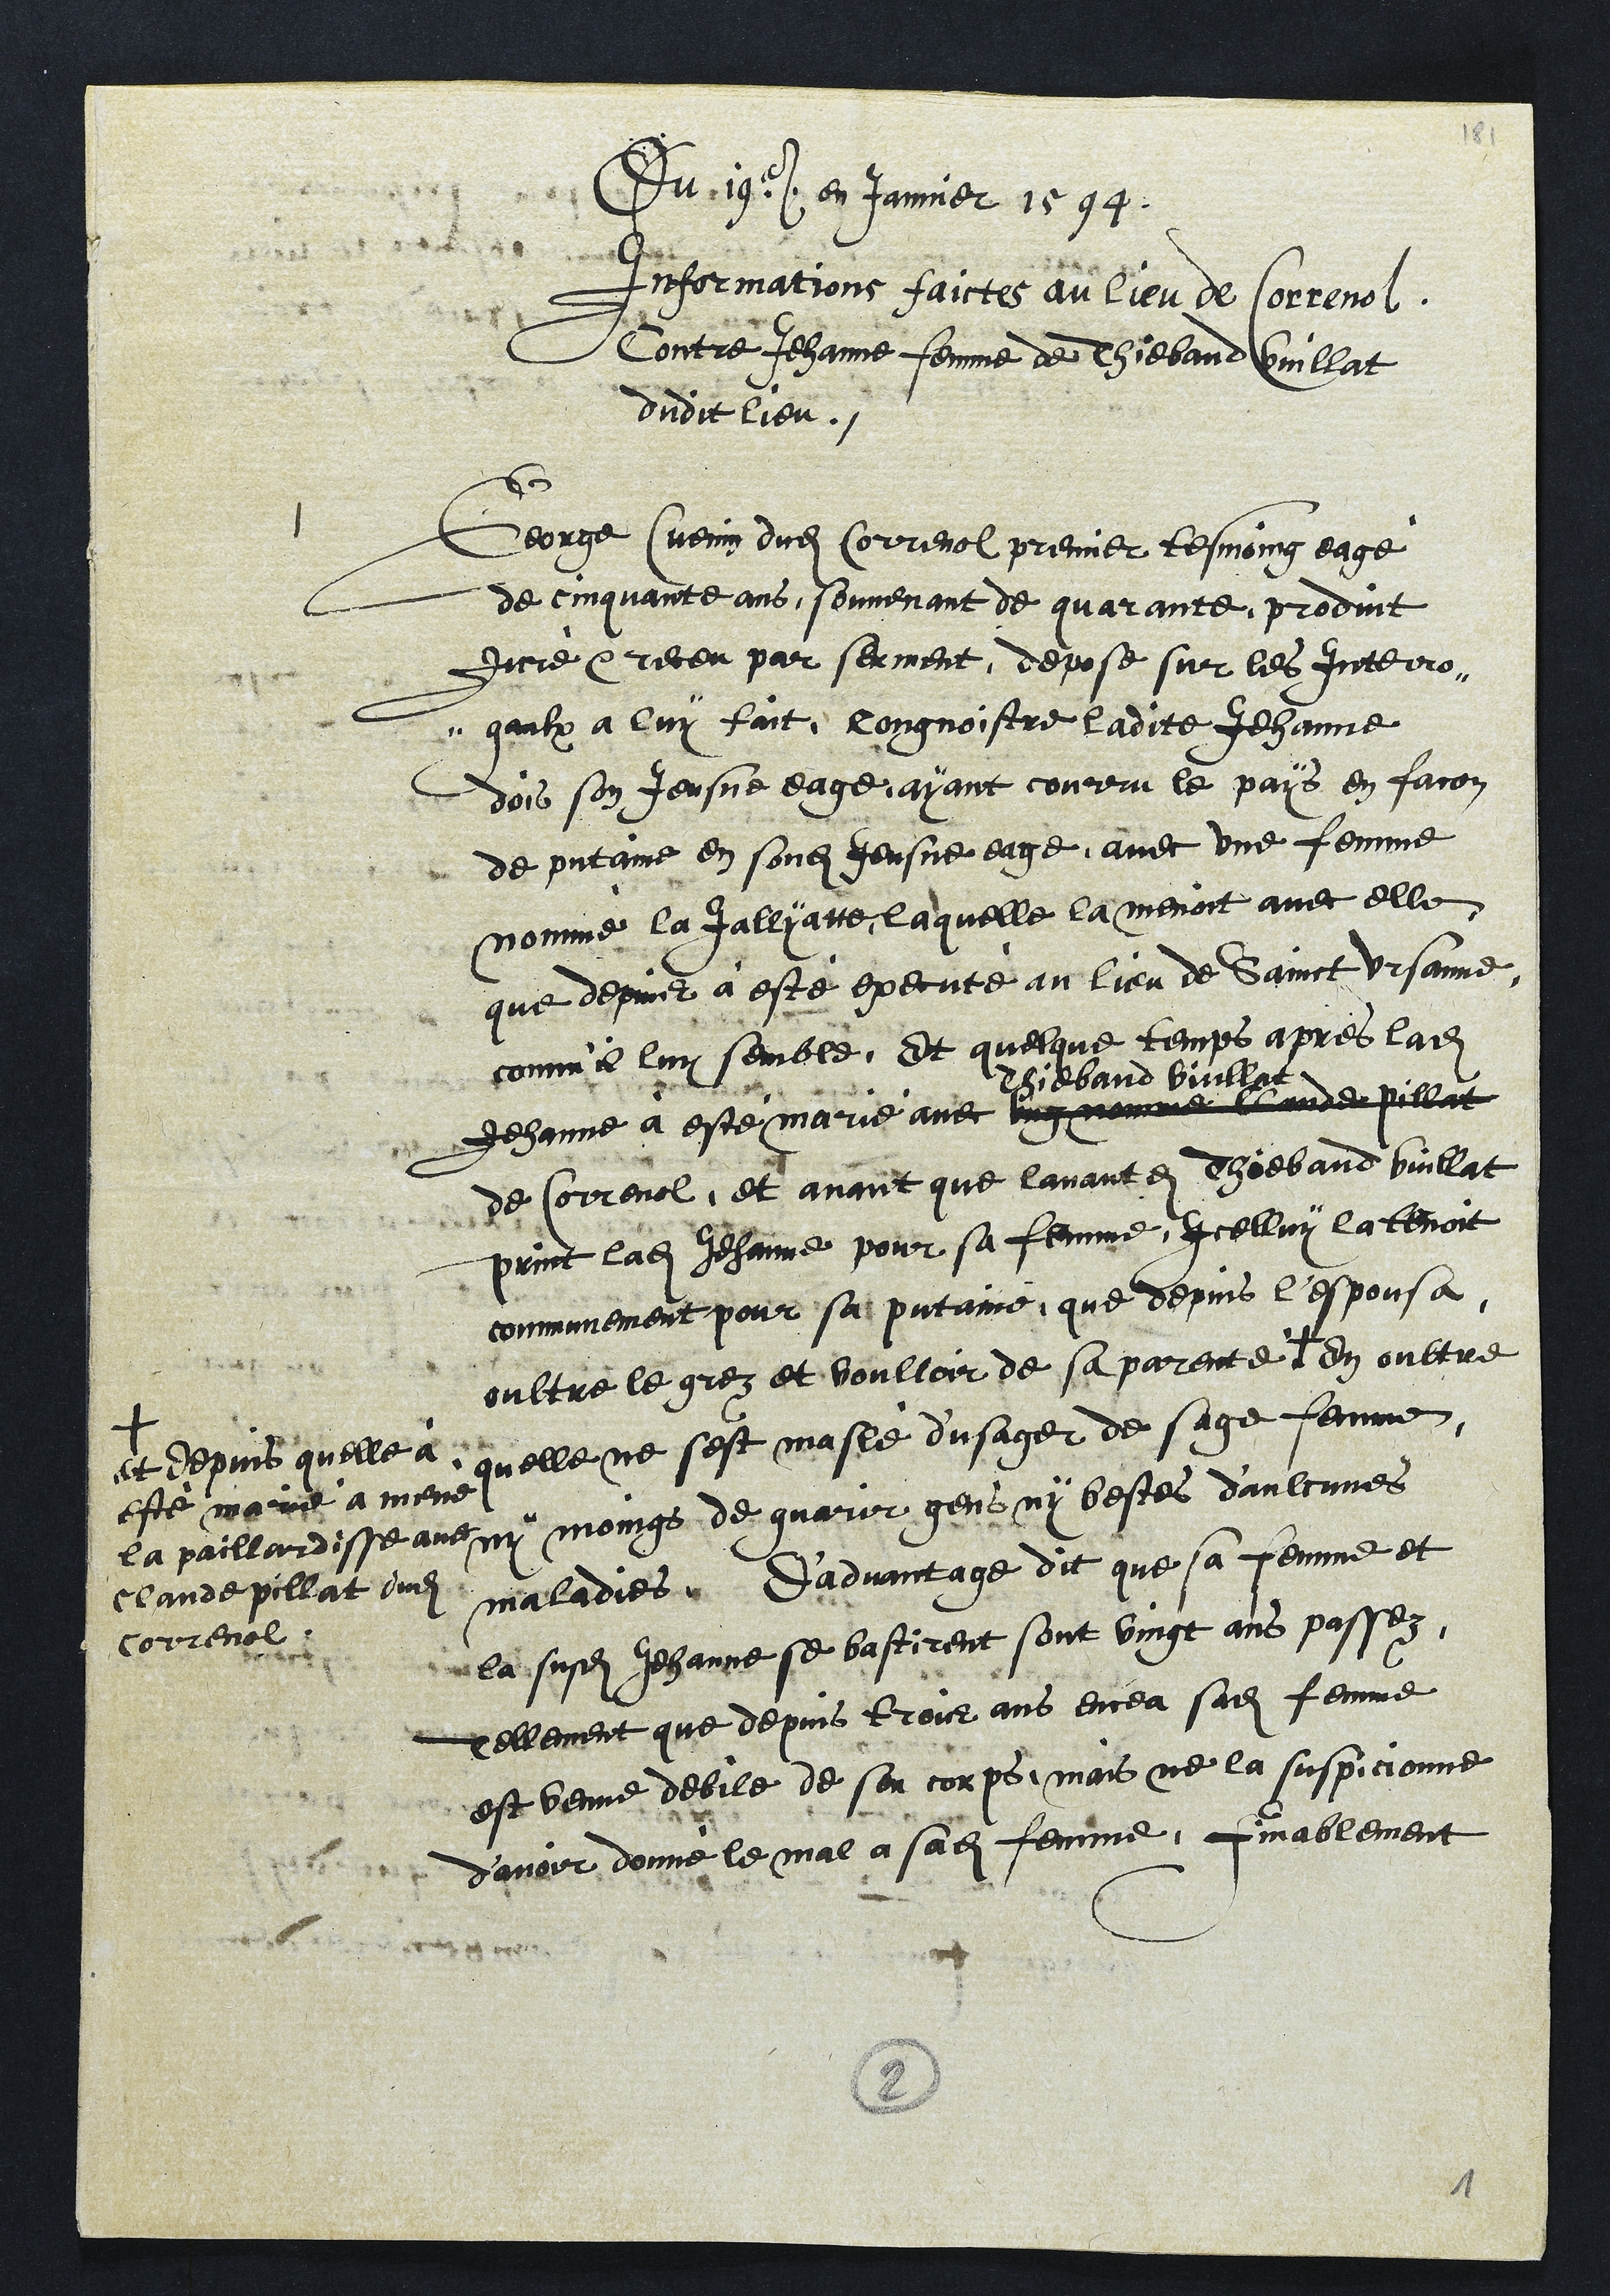
Du 19e en Jamier 1594
Informations faictes au lieu de Correnol
Contre Jehanne femme de Thiebaud Guillat
dudit lieu.
1
George Cuenin dudit Correnol premier tesmoing eage
de cinquante ans, souvenant de quarante, produit
dicre et receu par serment, depose sur les Interro-
quilx à luy fait congnoistre ladite Jehanne
dois son Jeusne eage ayant courru le pais en facon
de pesntamne en sondit Jeusne eagé avec une femme
nomme la Jalliarte, laquelle la menoit avec elle
que depuis a esté execute au lieu de Sainct Ursanne,
comme luy semble, Et quelque temps apres ladite
Jehanne a este marié avec ung nommé et aure pillat
Thebaud Vuillat
de Correnol, et avant que lavant en Thoebaud buillat
print ladite Jehanne pour sa femme, Icelluy la tenoit
communement pour sa putanne, que depuis lespousa
oultre le grez et voulloir de sa parenté +
et depuis quelle a
este marié a mene
la paillandisse ave
Chaude pollat dudit
Correnol
en oultre
quelle ne sest masle d'usager de sage femme
ny moings de guarir gens ny bestes daulcunes
maladies. D'advantage dit que sa femme et
la susdite Jehanne se bastirent sont vingt ans passéz,
Tellement que depuis trois ans encea sadite femme
est venue debile de son corps, mais ne la suspicionne
d’avoir donné le mal a sadite femme, Finablement
2

1